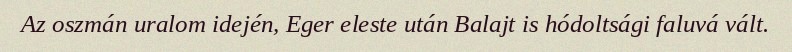
Az oszmán uralom idején, Eger eleste után Balajt is hódoltsági faluvá vált.